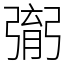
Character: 㣃